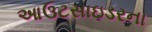
આઉટસાઇડરના